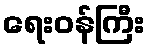
ရေးဝန်ကြီး